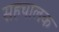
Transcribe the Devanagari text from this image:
सहचालक